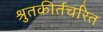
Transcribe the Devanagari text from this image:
श्रुतकीर्तचरित